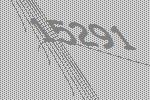
15291